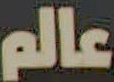
عالم